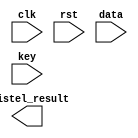
module feistel_function #(parameter KEY_WIDTH = 48,
                        parameter FEISTEL_WIDTH = 32,
                        parameter BLCOK_WIDTH = 6,
                        parameter NUM_OF_BLOCKS = 8,
                        parameter PERF_TABLE_H = 16,
                        parameter PERF_TABLE_L = 4,
                        parameter TABLE_REG_WIDTH = 5
)               
(
    input clk,
    input rst,

    input [FEISTEL_WIDTH - 1 : 0] data,
    input [KEY_WIDTH - 1 : 0] key,

    output [FEISTEL_WIDTH - 1 : 0] feistel_result
);

    wire [KEY_WIDTH - 1 : 0] expand_data;
    wire [KEY_WIDTH - 1 : 0] x_expand_data;
    wire [BLCOK_WIDTH - 1 : 0] blcok_data [NUM_OF_BLOCKS - 1 : 0];


    reg [TABLE_REG_WIDTH - 1: 0] table_0 [PERF_TABLE_H - 1][PERF_TABLE_L - 1];
    reg [TABLE_REG_WIDTH - 1: 0] table_1 [PERF_TABLE_H - 1][PERF_TABLE_L - 1];
    reg [TABLE_REG_WIDTH - 1: 0] table_2 [PERF_TABLE_H - 1][PERF_TABLE_L - 1];
    reg [TABLE_REG_WIDTH - 1: 0] table_3 [PERF_TABLE_H - 1][PERF_TABLE_L - 1];
    reg [TABLE_REG_WIDTH - 1: 0] table_4 [PERF_TABLE_H - 1][PERF_TABLE_L - 1];
    reg [TABLE_REG_WIDTH - 1: 0] table_5 [PERF_TABLE_H - 1][PERF_TABLE_L - 1];    


    generate  
        assign expand_data[0] = data[31];
        assign expand_data[1] = data[1];
        assign expand_data[2] = data[2];
        assign expand_data[3] = data[3];
        assign expand_data[4] = data[4];
        assign expand_data[5] = data[5];
        assign expand_data[6] = data[4];
        assign expand_data[7] = data[5];
        assign expand_data[8] = data[6];
        assign expand_data[9] = data[7];
        assign expand_data[10] = data[8];
        assign expand_data[11] = data[9];
        assign expand_data[12] = data[8];
        assign expand_data[13] = data[9];
        assign expand_data[14] = data[10];
        assign expand_data[15] = data[11];
        assign expand_data[16] = data[12];
        assign expand_data[17] = data[13];
        assign expand_data[18] = data[12];
        assign expand_data[19] = data[13];
        assign expand_data[20] = data[14];
        assign expand_data[21] = data[15];
        assign expand_data[22] = data[16];
        assign expand_data[23] = data[17];
        assign expand_data[24] = data[16];
        assign expand_data[25] = data[17];
        assign expand_data[26] = data[18];
        assign expand_data[27] = data[19];
        assign expand_data[28] = data[20];
        assign expand_data[29] = data[21];
        assign expand_data[30] = data[20];
        assign expand_data[31] = data[21];
        assign expand_data[32] = data[22];
        assign expand_data[33] = data[23];
        assign expand_data[34] = data[24];
        assign expand_data[35] = data[25];
        assign expand_data[36] = data[24];
        assign expand_data[37] = data[25];
        assign expand_data[38] = data[26];
        assign expand_data[39] = data[27];
        assign expand_data[40] = data[28];
        assign expand_data[41] = data[29];
        assign expand_data[42] = data[28];
        assign expand_data[43] = data[29];
        assign expand_data[44] = data[30];
        assign expand_data[45] = data[31];
        assign expand_data[46] = data[32];
        assign expand_data[47] = data[1];   

        assign x_expand_data = data ^ expand_data;

        assign blcok_data[0] = x_expand_data[5 : 0];
        assign blcok_data[1] = x_expand_data[11 : 6];
        assign blcok_data[2] = x_expand_data[17 : 12];
        assign blcok_data[3] = x_expand_data[23 : 18];
        assign blcok_data[4] = x_expand_data[29 : 24];
        assign blcok_data[5] = x_expand_data[35 : 30];
        assign blcok_data[6] = x_expand_data[41 : 36];
        assign blcok_data[7] = x_expand_data[47 : 42];
        


    endgenerate





endmodule